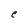
Character: C